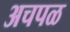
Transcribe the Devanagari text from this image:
अचपळ